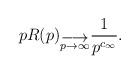
LaTeX: \begin{align*}pR(p) _{\stackrel{\displaystyle\longrightarrow} {p \rightarrow\infty}} {1\over p^{c_\infty}}.\end{align*}